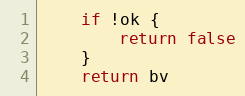
Language: Go
	if !ok {
		return false
	}
	return bv